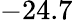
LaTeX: -24.7